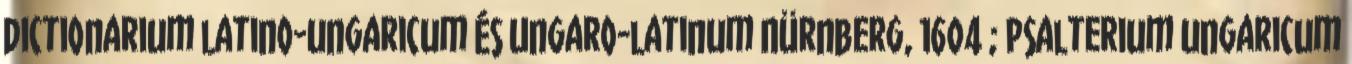
Dictionarium latino-ungaricum és Ungaro-latinum Nürnberg, 1604 ; Psalterium ungaricum